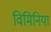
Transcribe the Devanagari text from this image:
विमिनिया